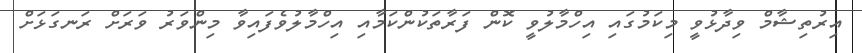
އިރުތިޝާމް ވިދާޅުވީ މިކަމުގައި އިހްމާލުވީ ކޮން ފަރާތަކުންކަމާއި އިހްމާލުވެފައިވާ މިންވަރު ވަރަށް ރަނގަޅަށް